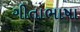
ગીતાભાષા